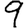
Digit: 9